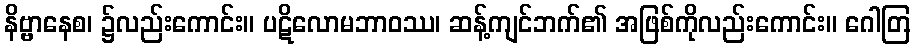
နိဗ္ဗာနေစ၊ ၌လည်းကောင်း။ ပဋိလောမဘာဝဿ၊ ဆန့်ကျင်ဘက်၏ အဖြစ်ကိုလည်းကောင်း။ ဂေါတြ